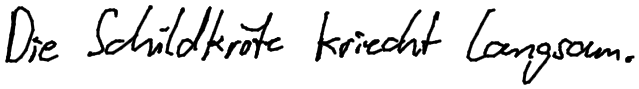
Die Schildkröte kriecht langsam.